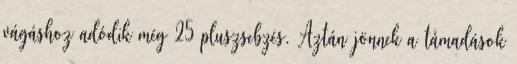
vágáshoz adódik még 25 pluszsebzés. Aztán jönnek a támadások